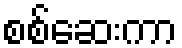
စစ်ဆေးကာ